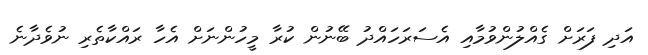
އަދި ފަރަށް ގެއްލުންވުމާއި އެސަރަހައްދު ބޭނުން ކުރާ މީހުންނަށް އެހާ ރައްކާތެރި ނުވެދާނެ